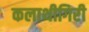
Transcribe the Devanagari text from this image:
कलाथीगिरी